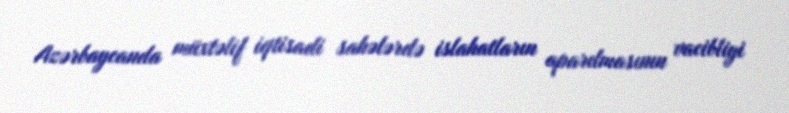
Azərbaycanda müxtəlif iqtisadi sahələrdə islahatların aparılmasının vacibliyi